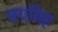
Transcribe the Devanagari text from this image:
वयमिह